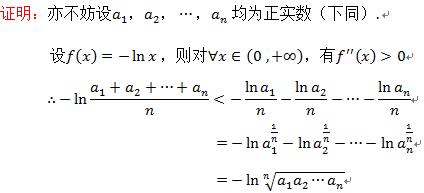
证明：亦不妨设\(a_{1},a_{2},\cdots,a_{n}\)均为正实数（下同）.

设\(f(x)=-\ln x\)，则对\(\forall x\in(0,+\infty)\)，有\(f''(x)>0\).
\(\therefore -\ln\frac{a_{1}+a_{2}+\cdots +a_{n}}{n}<-\frac{\ln a_{1}}{n}-\frac{\ln a_{2}}{n}-\cdots-\frac{\ln a_{n}}{n}\)
\(=-\ln a_{1}^{\frac{1}{n}}-\ln a_{2}^{\frac{1}{n}}-\cdots-\ln a_{n}^{\frac{1}{n}}\)
\(=-\ln\sqrt[n]{a_{1}a_{2}\cdots a_{n}}\)